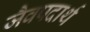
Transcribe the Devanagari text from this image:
जैवपदार्थ